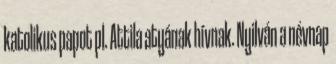
katolikus papot pl. Attila atyának hívnak. Nyilván a névnap